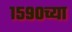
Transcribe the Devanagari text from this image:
१५९०च्या